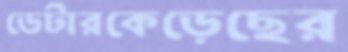
ডেটারকেড়েছের